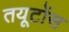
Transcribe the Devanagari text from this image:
तयूटोंस